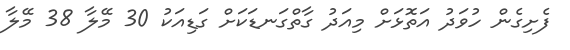
ފެށިގެން ހުވަދު އަތޮޅަށް މިއަދު ގާތްގަނޑަކަށް ގަޑިއަކު 30 މޭލާ 38 މޭލާ